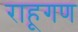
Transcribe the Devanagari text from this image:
राहूगण